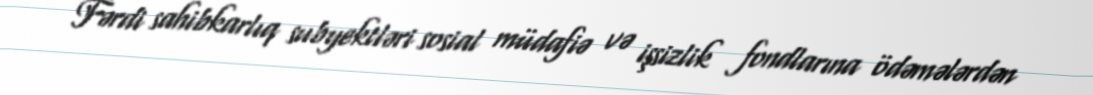
Fərdi sahibkarlıq subyektləri sosial müdafiə və işsizlik fondlarına ödəmələrdən